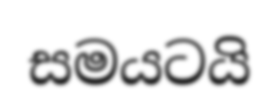
සමයටයි